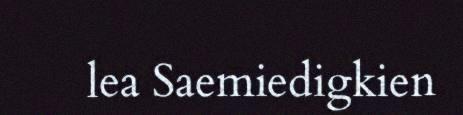
lea Saemiedigkien